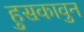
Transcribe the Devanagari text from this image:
हुसकावुन